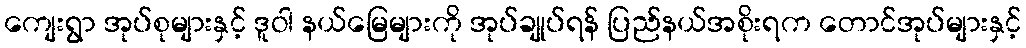
ကျေးရွာ အုပ်စုများနှင့် ဒူဝါ နယ်မြေများကို အုပ်ချုပ်ရန် ပြည်နယ်အစိုးရက တောင်အုပ်များနှင့်